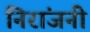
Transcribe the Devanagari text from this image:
निरांजनी